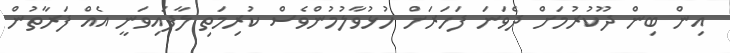
އިން ބިން ދޫކުރުމަށް ދެވަނަ ފަހަރަށް ހުޅުވާލުމުންވެސް ކުރިމަތި ލާފައިވަނީ އެއް ފަރާތުން